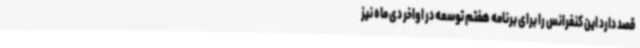
قصد دارد این کنفرانس را برای برنامه هفتم توسعه در اواخر دی ماه نیز